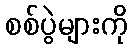
စစ်ပွဲများကို